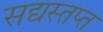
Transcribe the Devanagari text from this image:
सद्यस्तप्त